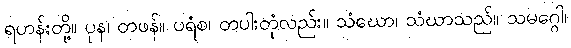
ရဟန်းတို့။ ပုန၊ တဖန်။ ပရံစ၊ တပါးတုံလည်း။ သံဃော၊ သံဃာသည်။ သမဂ္ဂေါ၊